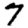
Digit: 7